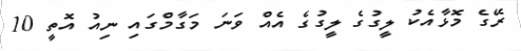
ރޭގެ މޮޅާއެކު ލީގުގެ ލީގުގެ އެއް ވަނަ މަގާމްގައި ނިއު އޮތީ 10